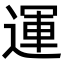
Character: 運